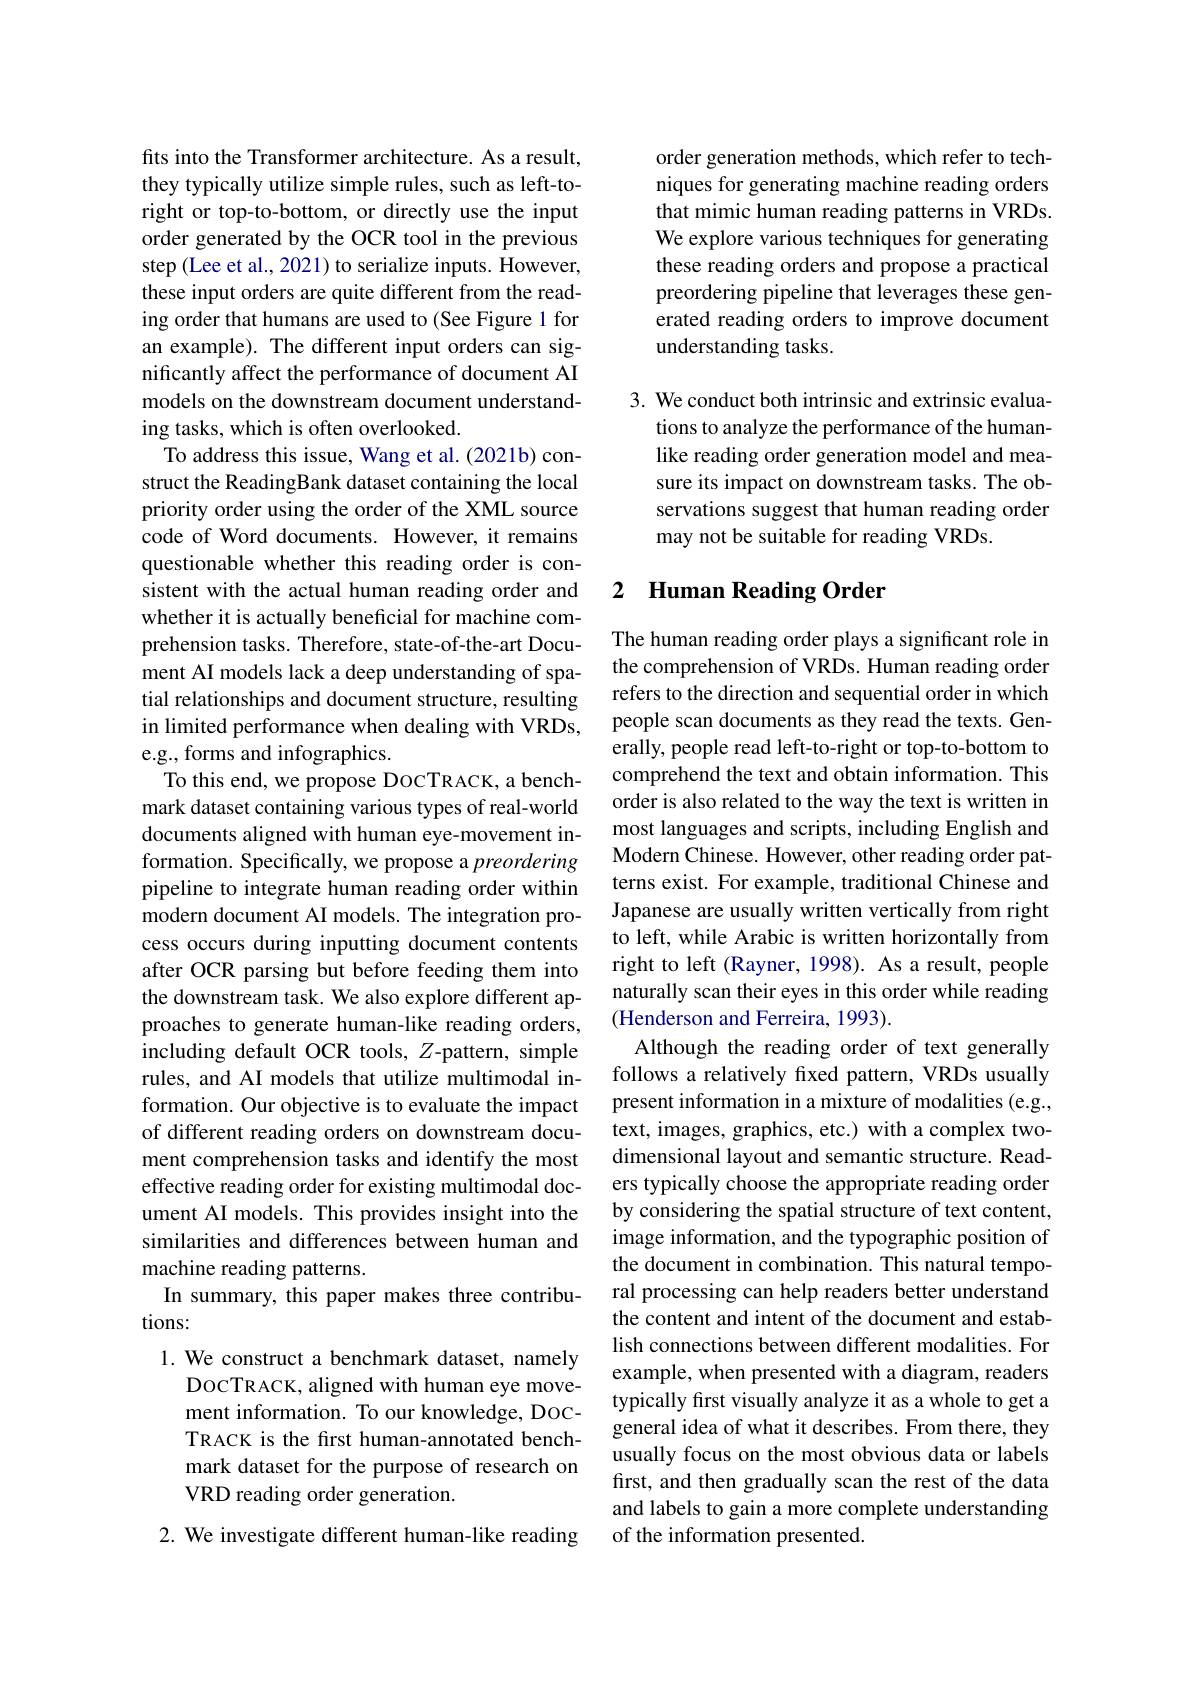
fits into the Transformer architecture. As a result, they typically utilize simple rules, such as left-toright or top-to-bottom, or directly use the input order generated by the OCR tool in the previous step (Lee et al., 2021) to serialize inputs. However, these input orders are quite different from the reading order that humans are used to (See Figure 1 for an example). The different input orders can significantly affect the performance of document AI models on the downstream document understanding tasks, which is often overlooked.
To address this issue, Wang et al. (2021b) construct the ReadingBank dataset containing the local priority order using the order of the XML source code of Word documents. However, it remains questionable whether this reading order is consistent with the actual human reading order and whether it is actually beneficial for machine comprehension tasks. Therefore, state-of-the-art Document AI models lack a deep understanding of spatial relationships and document structure, resulting in limited performance when dealing with VRDs, e.g., forms and infographics.
To this end, we propose DOCTRACK, a benchmark dataset containing various types of real-world documents aligned with human eye-movement information. Specifically, we propose a preordering pipeline to integrate human reading order within modern document AI models. The integration process occurs during inputting document contents after OCR parsing but before feeding them into the downstream task. We also explore different approaches to generate human-like reading orders, including default OCR tools, $Z$-pattern, simple rules, and AI models that utilize multimodal information. Our objective is to evaluate the impact of different reading orders on downstream document comprehension tasks and identify the most effective reading order for existing multimodal document AI models. This provides insight into the similarities and differences between human and machine reading patterns.
In summary, this paper makes three contribu-
tions:
1. We construct a benchmark dataset, namely
DOCTRACK, aligned with human eye movement information. To our knowledge, DOCTRACK is the first human-annotated benchmark dataset for the purpose of research on VRD reading order generation.
2. We investigate different human-like reading

order generation methods, which refer to techniques for generating machine reading orders that mimic human reading patterns in VRDs. We explore various techniques for generating these reading orders and propose a practical preordering pipeline that leverages these generated reading orders to improve document understanding tasks.

3. We conduct both intrinsic and extrinsic evalua-
tions to analyze the performance of the humanlike reading order generation model and measure its impact on downstream tasks. The observations suggest that human reading order may not be suitable for reading VRDs.

## 2 Human Reading Order

The human reading order plays a significant role in the comprehension of VRDs. Human reading order refers to the direction and sequential order in which people scan documents as they read the texts. Generally, people read left-to-right or top-to-bottom to comprehend the text and obtain information. This order is also related to the way the text is written in most languages and scripts, including English and Modern Chinese. However, other reading order patterns exist. For example, traditional Chinese and Japanese are usually written vertically from right to left, while Arabic is written horizontally from right to left (Rayner, 1998). As a result, people naturally scan their eyes in this order while reading (Henderson and Ferreira, 1993).
Although the reading order of text generally follows a relatively fixed pattern, VRDs usually present information in a mixture of modalities (e.g., text, images, graphics, etc.) with a complex twodimensional layout and semantic structure. Readers typically choose the appropriate reading order by considering the spatial structure of text content, image information, and the typographic position of the document in combination. This natural temporal processing can help readers better understand the content and intent of the document and establish connections between different modalities. For example, when presented with a diagram, readers typically frst visually analyze it as a whole to get a general idea of what it describes. From there, they usually focus on the most obvious data or labels first, and then gradually scan the rest of the data and labels to gain a more complete understanding of the information presented.